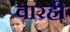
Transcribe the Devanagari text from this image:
वारही